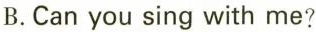
B.Canyou sing with me?